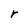
Character: r